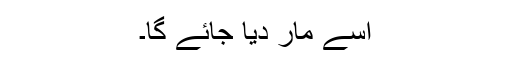
اسے مار دیا جائے گا۔